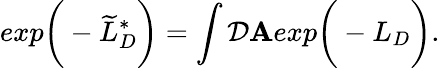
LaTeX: exp\bigg(-\widetilde{L}_{D}^{*}\bigg)=\int{\cal D}{\mathbf A}exp\bigg(-L_{D}\bigg).